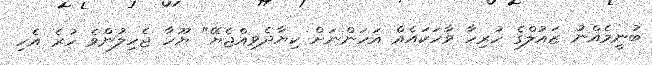
ބުނީމެއްނު ޒައުލްގެ ހުރިހާ ވާހަކައެއް އަހަންނަށް ކިޔާދެވިއްޖެޔޭ" ޔޫހާ ޖެހިލުންވެ ހުރެ އެހި